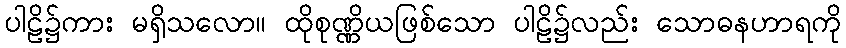
ပါဠိ၌ကား မရှိသလော။ ထိုစုဏ္ဏိယဖြစ်သော ပါဠိ၌လည်း သောဓနဟာရကို